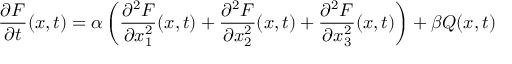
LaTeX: { \frac { \partial F } { \partial t } } ( x , t ) = \alpha \left( { \frac { \partial ^ { 2 } F } { \partial x _ { 1 } ^ { 2 } } } ( x , t ) + { \frac { \partial ^ { 2 } F } { \partial x _ { 2 } ^ { 2 } } } ( x , t ) + { \frac { \partial ^ { 2 } F } { \partial x _ { 3 } ^ { 2 } } } ( x , t ) \right) + \beta Q ( x , t )